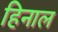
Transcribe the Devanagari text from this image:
हिनाल